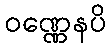
ဝဏ္ဏေနပိ